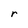
Character: r